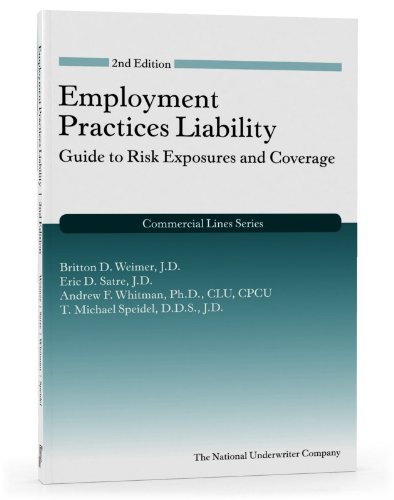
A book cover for Employment Practices Liability: Guide to Risk Exposures and Coverage, 2nd Edition; Britton Weimer JD; Engineering & Transportation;